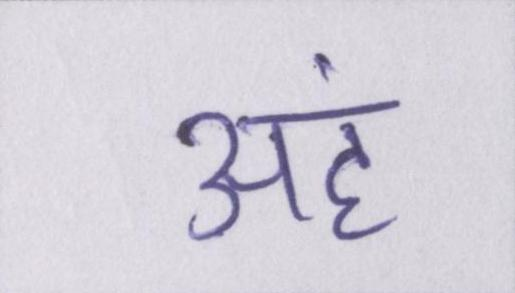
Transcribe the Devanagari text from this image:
अहं